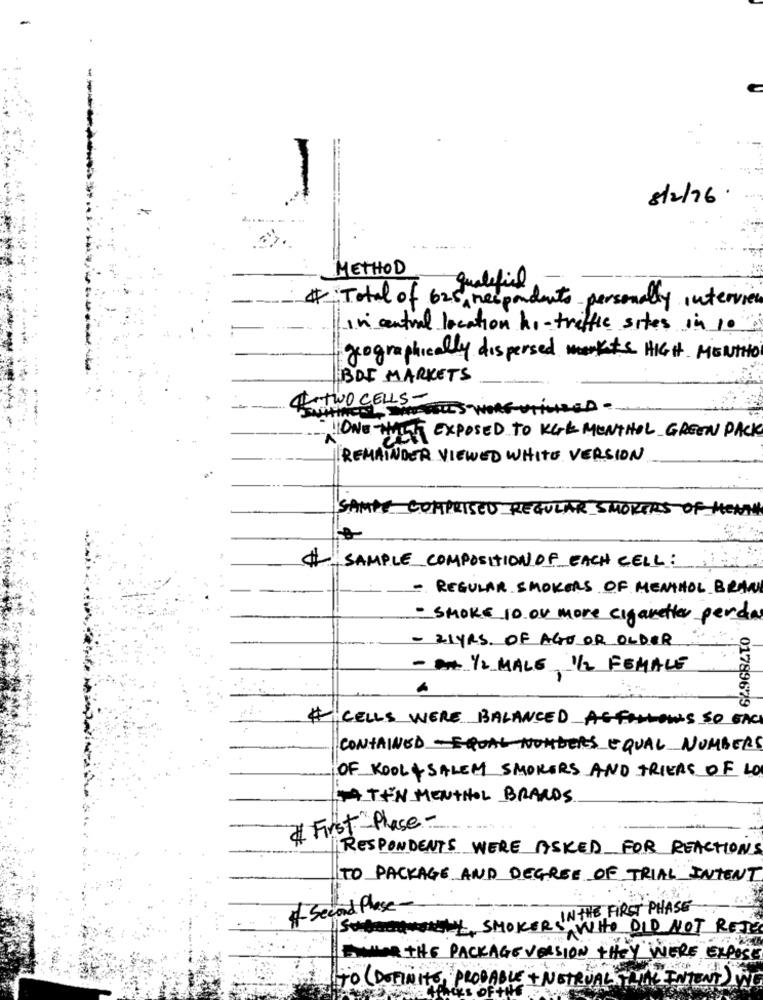
--
8/2/76.
METHOD
# Total of 625 respondents personally interview
in central location hi-traffic sites in 10
geographically dispersed markets HIGH MENTHO
BOF MARKETS
TWO CELLS-
TWOSALES WORD WHICHED -
HONE HUET EXPOSED TO KOK MONTHOL GREEN PACK
REMAINDER VIEWED WHITE VERSION
SAMPY COMPRISED REGULAR SMOKERS OF HEATH
# SAMPLE_COMPOSITION OF EACH CELL:
- REGULAR SMOKERS OF MENTHOL BRAN
- SMOKE 10 Or more cigaretter perda
- 21YRS OF AGO OR OLDER
- A 1/2 MALE 1/2 FEMALE
01789679
#CELLS WERE BALANCED ASFOLLOWS SO BACI
CONTAINED - EQUAL NUMBERS EQUAL NUMBERS
OF KOOL + SALEM SMOKERS AND TRIERS OF LO
14 TEN MENTHOL BRANDS
# First Place-
RESPONDENTS WERE ASKED FOR REACTIONS
TO PACKAGE AND DEGREE OF TRIAL INTENT
#- Second Phase -
IN THE FIRST PHASE
ISOPORWsty SMOKERS WHO DID NOT RETE
BAHAR THE PACKAGE VERSION THEY WERE EXPOSE
TO ( DOTINITS PRODI
+ NET